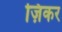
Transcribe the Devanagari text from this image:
ज़िकर